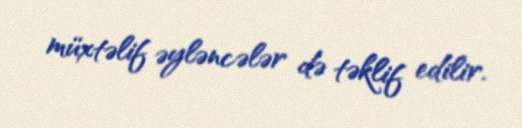
müxtəlif əyləncələr də təklif edilir.